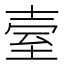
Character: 𦤼